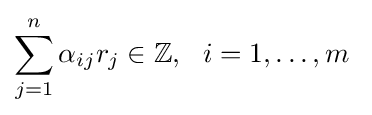
\sum _{j=1}^{n}\alpha _{ij}r_{j}\in \mathbb {Z} ,\ \ i=1,\dots ,m\